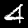
Label: 4